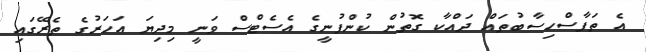
އެ ތަފާސްހިސާބުތައް ދައްކާ ގޮތުން ކުންފުނީގެ އެސެޓްސް ވަނީ މިދިޔަ އަހަރުގެ ތެރޭގައި